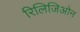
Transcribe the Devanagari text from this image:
रिलिजिओन